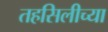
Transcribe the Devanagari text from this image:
तहसिलीच्या